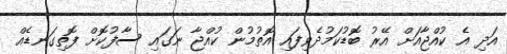
އަދި އެ ކުއްޖާއަށް އޭރު ބޮޑުކަމުދެވިފައި އޮތުމުން ކުއްޖާ ނަގައި ސާފުކޮށް ފޮތިގަނޑެއް